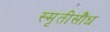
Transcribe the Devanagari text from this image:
स्मृतीसौध